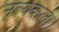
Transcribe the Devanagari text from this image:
नृत्‍यकला।